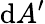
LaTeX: \mathrm{d}A^{\prime}